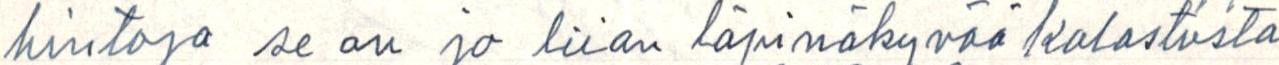
hintoja se on jo liian läpinäkyvää kalastusta